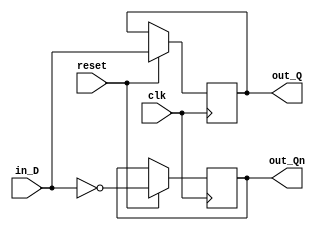
module mD_FF_EDGE (clk, reset, in_D, out_Q, out_Qn);

input clk, in_D, reset;
output out_Q, out_Qn;

reg out_Q, out_Qn;

always@(posedge clk)
	if(reset)
		begin
		out_Q <= in_D;
		out_Qn <= !in_D;
		end

endmodule